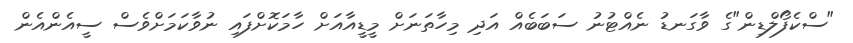
"ސްކެފޯލްޑިން"ގެ ވާގަނޑު ނެއްޓުނު ސަބަބެއް އަދި މިހާތަނަށް މީޑީއާއަށް ހާމަކޮށްފައި ނުވާކަމަށްވެސް ސީއެންއެން